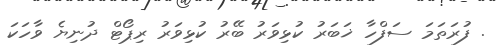
. ފުރަތަމަ ސަފްހާ ޚަބަރު ކުޅިވަރު ބޭރު ކުޅިވަރު ރިޕޯޓް ދުނިޔެ ވާހަކަ